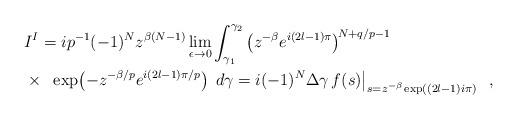
LaTeX: \begin{align*}& I^{I} = i p^{-1} (-1)^N z^{\beta(N-1)} \lim_{\epsilon \to 0} \int_{\gamma_1}^{\gamma_2} \left(z^{-\beta} e^{i(2l-1) \pi} \right)^{\! N+q/p-1} \\ & \left. \times \;\; \exp \!\left(-z^{-\beta/p}e^{i(2l-1)\pi/p} \right)\; d\gamma= i (-1)^N \Delta \gamma \, f(s) \right|_{s=z^{-\beta}\exp((2l-1)i\pi)} \;\;,\end{align*}